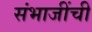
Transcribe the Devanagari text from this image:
संभाजींची